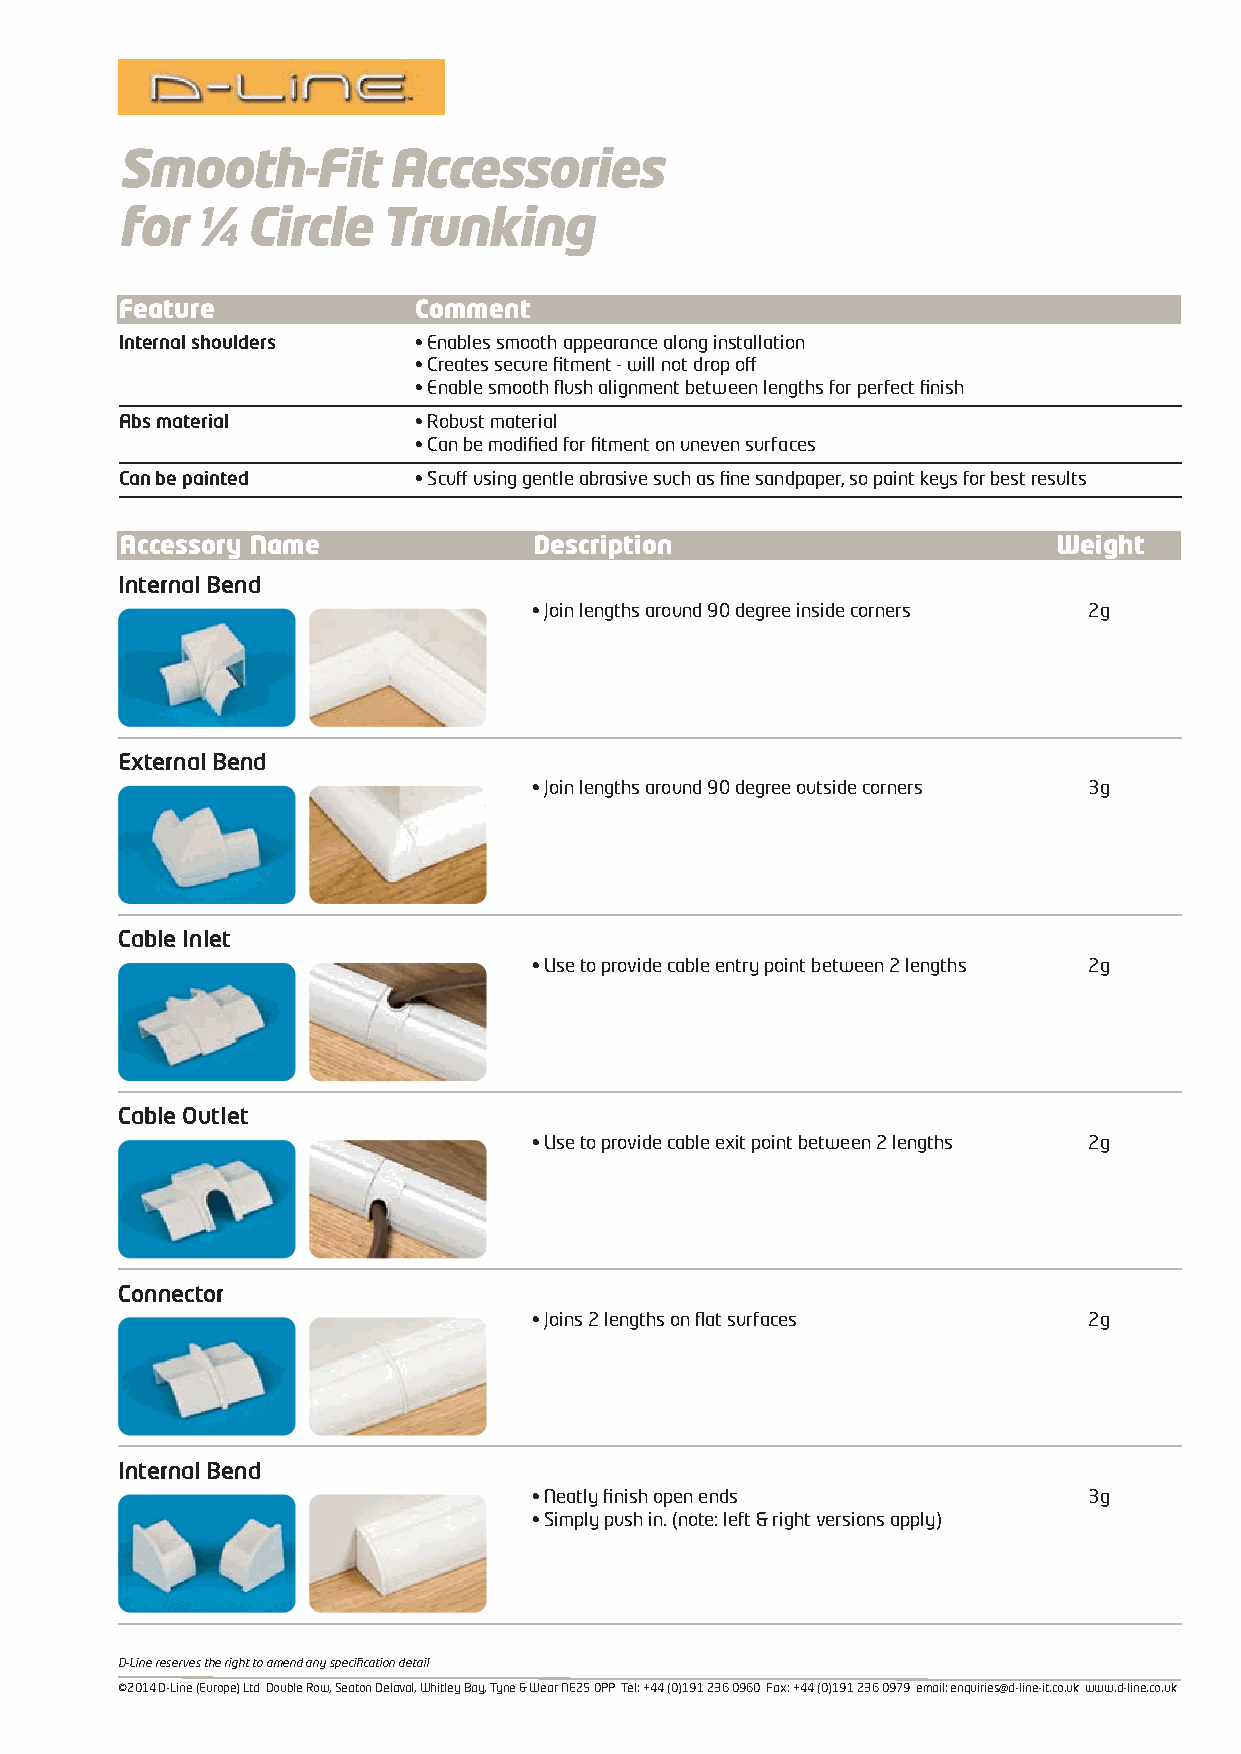
2222 Access Smooth Datasheet 2014_Layout 1 24/09/2014 14:02 Page 1
 Smooth-Fit       Accessories
 for  ¼  Circle   Trunking
 Feature            Comment
 Internal shoulders • Enables smooth appearance along installation
 • Creates secure fitment - will not drop off
 • Enable smooth flush alignment between lengths for perfect finish
 Abs material       • Robust material
 • Can be modified for fitment on uneven surfaces
 Can be painted     • Scuff using gentle abrasive such as fine sandpaper, so paint keys for best results
 Accessory Name             Description                        Weight
 Internal Bend
 • Join lengths around 90 degree inside corners 2g
 External Bend
 • Join lengths around 90 degree outside corners 3g
 Cable Inlet
 • Use to provide cable entry point between 2 lengths 2g
 Cable Outlet
 • Use to provide cable exit point between 2 lengths 2g
 Connector
 • Joins 2 lengths on flat surfaces   2g
 Internal Bend
 • Neatly finish open ends            3g
 • Simply push in. (note: left & right versions apply)
 D-Line reserves the right to amend any specification detail
 ©2014 D-Line (Europe) Ltd Double Row, Seaton Delaval, Whitley Bay, Tyne & Wear NE25 0PP Tel: +44 (0)191 236 0960 Fax: +44 (0)191 236 0979 email: enquiries@d-line-it.co.uk www.d-line.co.uk